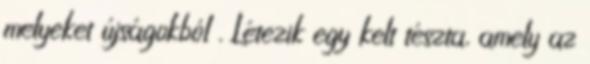
melyeket újságokból . Létezik egy kelt tészta, amely az